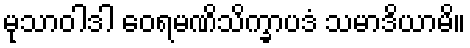
မုသာဝါဒါ ဝေရမဏိသိက္ခာပဒံ သမာဒိယာမိ။